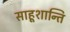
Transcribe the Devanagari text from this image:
साहूशान्ति